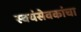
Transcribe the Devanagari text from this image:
स्वयंसेवकांचा